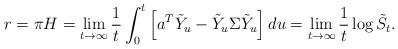
LaTeX: \begin{align*}r=\pi H = \lim_{ t \to \infty} \frac{1}{t} \int_0^t \left[ a^T \tilde Y_u - \tilde Y_u \Sigma \tilde Y_u \right] du = \lim_{ t \to \infty} \frac{1}{t} \log \tilde{S}_t.\end{align*}